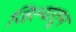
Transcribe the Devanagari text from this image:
जिल्यातून